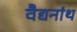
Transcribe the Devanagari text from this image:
वैद्यनांथ